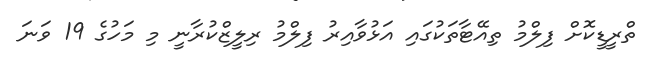
ތްރީޑީކޮށް ފިލްމު ތިއޭޓާތަކުގައި އަޅުވާއިރު ފިލްމު ރިލީޒްކުރާނީ މި މަހުގެ 19 ވަނަ